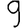
Digit: 9